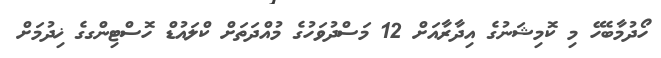
ހޯދުމާބެހޭ މި ކޮމިޝަނުގެ އިދާރާއަށް 12 މަސްދުވަހުގެ މުއްދަތަށް ކްލައުޑް ހޮސްޓިންގގެ ޚިދުމަށް